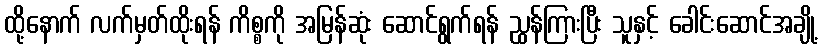
ထို့နောက် လက်မှတ်ထိုးရန် ကိစ္စကို အမြန်ဆုံး ဆောင်ရွက်ရန် ညွှန်ကြားပြီး သူနှင့် ခေါင်းဆောင်အချို့